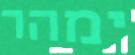
ימהר